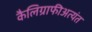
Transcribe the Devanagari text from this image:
कैलिग्राफीअत्यंत